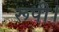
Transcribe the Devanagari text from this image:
रूपी।